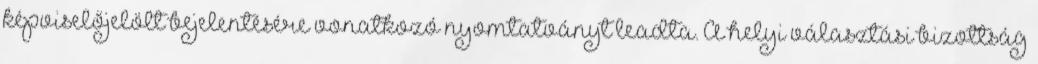
képviselőjelölt bejelentésére vonatkozó nyomtatványt leadta. A helyi választási bizottság